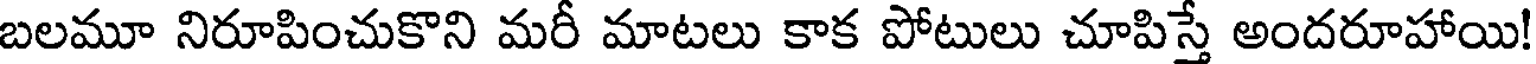
బలమూ నిరూపించుకొని మరీ మాటలు కాక పోటులు చూపిస్తే అందరూహాయి